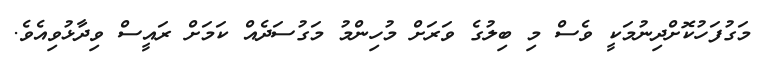
މަގުފަހުކޮށްދިނުމަކީ ވެސް މި ބިލުގެ ވަރަށް މުހިންމު މަގުސަދެއް ކަމަށް ރައީސް ވިދާޅުވިއެވެ.